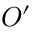
O ^ { \prime }